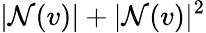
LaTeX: |\mathcal{N}(v)|+|\mathcal{N}(v)|^{2}